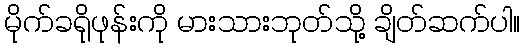
မိုက်ခရိုဖုန်းကို မားသားဘုတ်သို့ ချိတ်ဆက်ပါ။